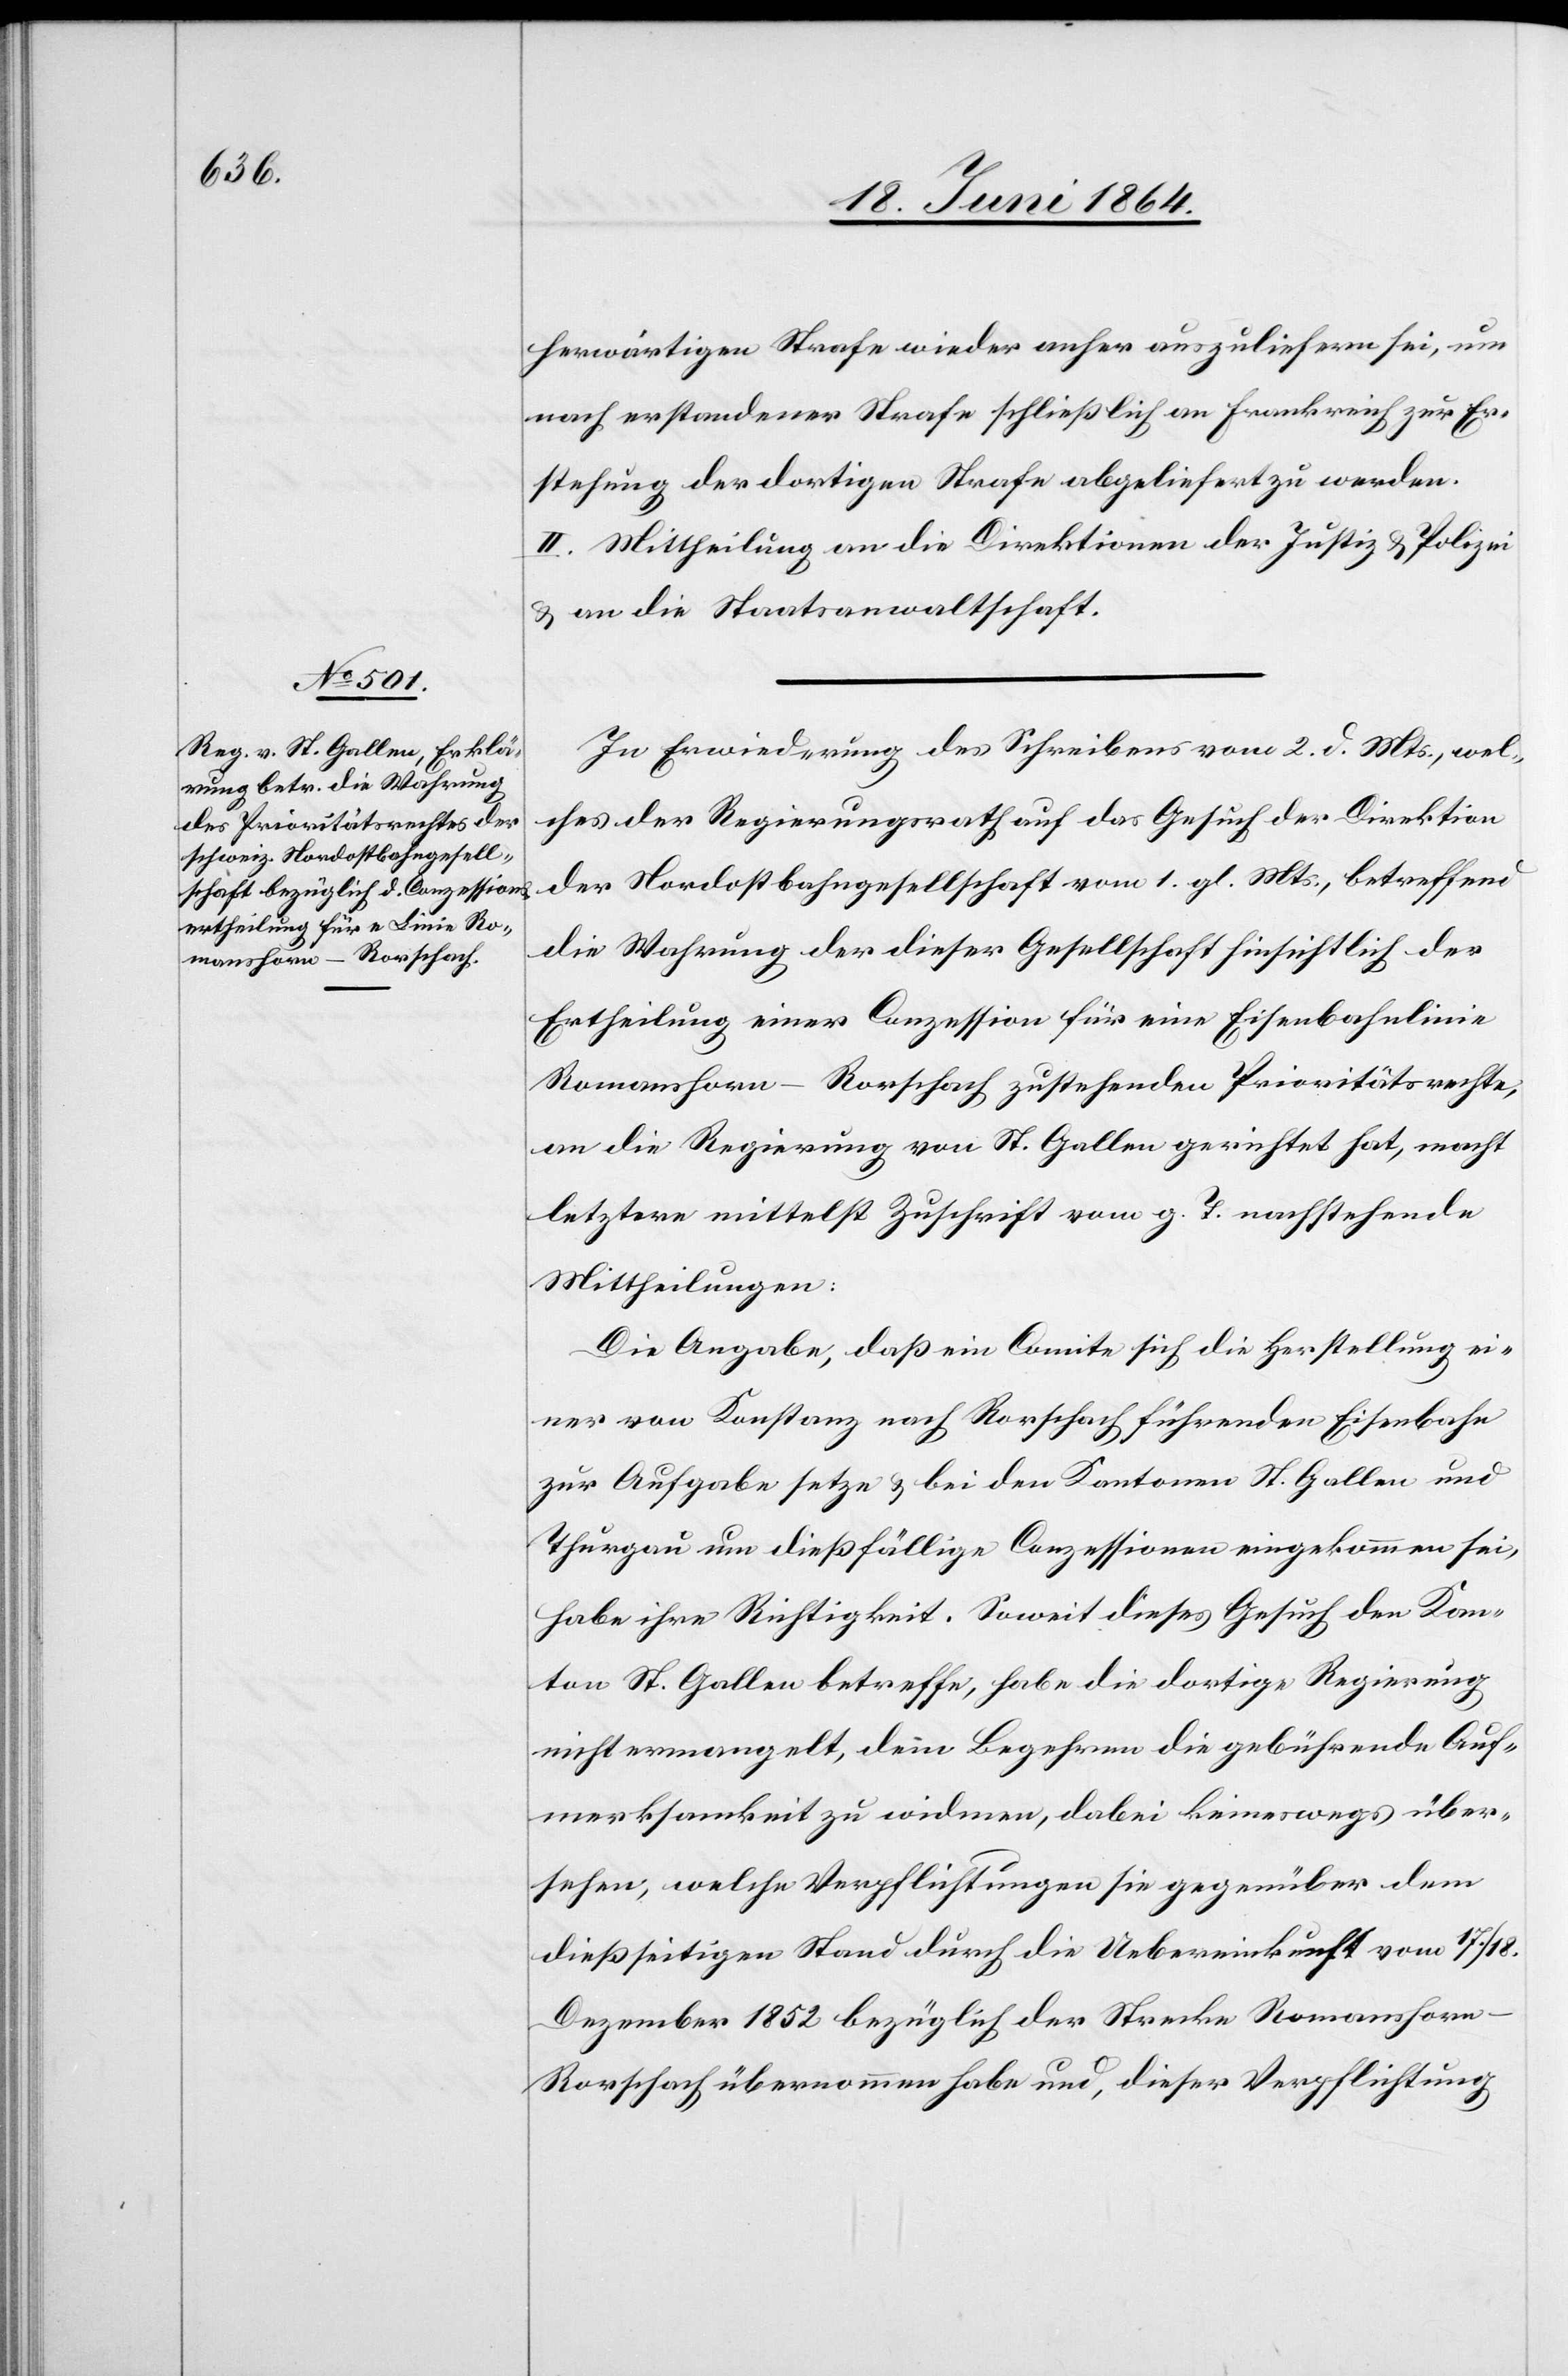
herwärtigen Strafe wieder anher auszuliefern sei, um
nach erstandener Strafe schließlich an Frankreich zur Er¬
stehung der dortigen Strafe abgeliefert zu werden.
II. Mittheilung an die Direktionen der Justiz u. Polizei
u. an die Staatsanwaltschaft.
In Erwiederung des Schreibens vom 2. d. Mts., wel¬
ches der Regierungsrath auf das Gesuch der Direktion
der Nordostbahngesellschaft vom 1. gl. Mts., betreffend
die Wahrung der dieser Gesellschaft hinsichtlich der
Ertheilung einer Conzession für eine Eisenbahnlinie
Romanshorn–Rorschach zustehenden Prioritätsrechte,
an die Regierung von St. Gallen gerichtet hat, macht
letztere mittelst Zuschrift vom g. T. nachstehende
Mittheilungen:
Die Angabe, daß ein Comite sich die Herstellung ei¬
ner von Konstanz nach Rorschach führenden Eisenbahn
zur Aufgabe setze u. bei den Kantonen St. Gallen und
Thurgau um dießfällige Conzessionen eingekommen sei,
habe ihre Richtigkeit. Soweit dieses Gesuch den Kan¬
ton St. Gallen betreffe, habe die dortige Regierung
nicht ermangelt, dem Begehren die gebührende Auf¬
merksamkeit zu widmen, dabei keineswegs über¬
sehen, welche Verpflichtungen sie gegenüber dem
dießseitigen Stand durch die Uebereinkunft vom 17./18.
Dezember 1852 bezüglich der Strecke Romanshor¬
n–Rorschach übernommen habe und, dieser Verpflichtung